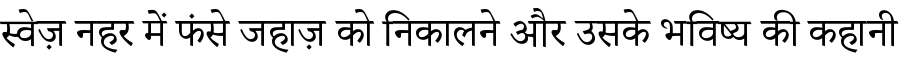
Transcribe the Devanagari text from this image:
स्वेज़ नहर में फंसे जहाज़ को निकालने और उसके भविष्य की कहानी